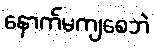
နောက်မကျစေဘဲ